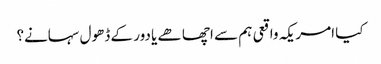
کیا امریکہ واقعی ہم سے اچھا ھے یا دور کے ڈھول سہانے؟